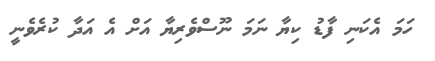
ހަމަ އެކަނި ފާޑު ކިޔާ ނަމަ ނޫސްވެރިޔާ އަށް އެ އަދާ ކުރެވެނީ